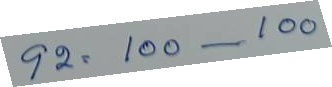
92 = 100 - 100